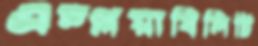
এম্প্লয়াবিলিটি